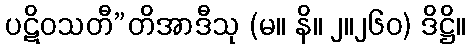
ပဋိဝသတီ”တိအာဒီသု (မ။ နိ။ ၂။၂၆၀) ဒိဋ္ဌိ။